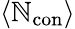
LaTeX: \left<\mathbb{N}_{\mathrm{{con}}}\right>